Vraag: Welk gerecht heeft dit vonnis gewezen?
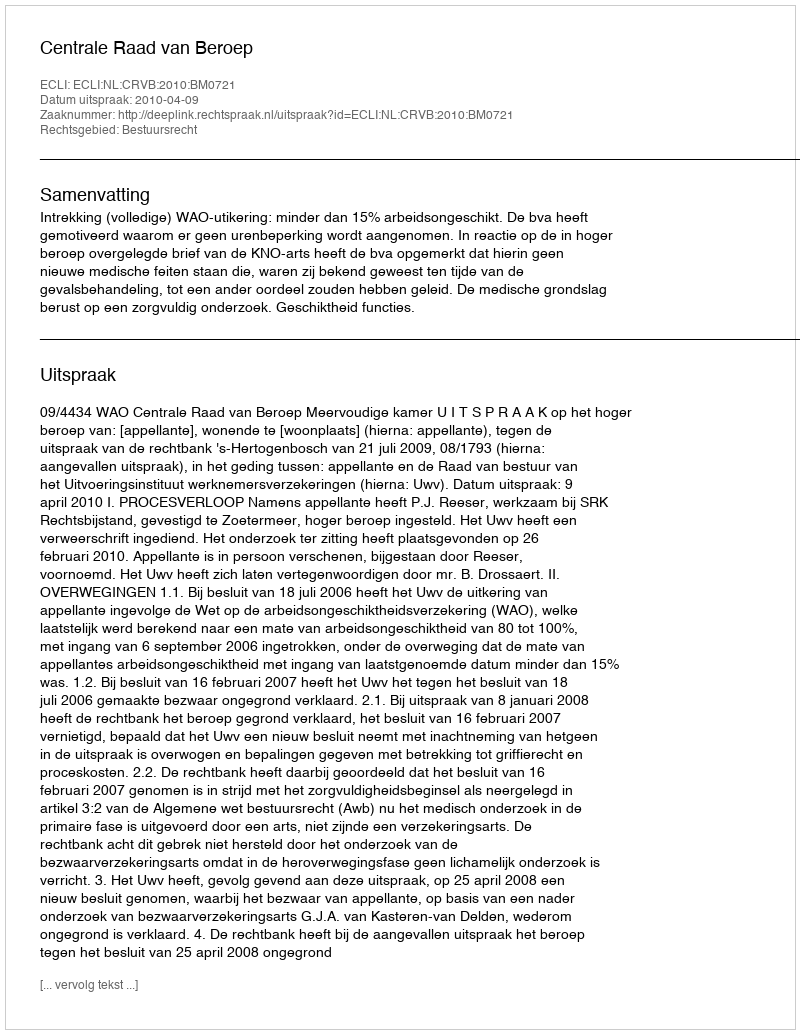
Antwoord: Centrale Raad van Beroep